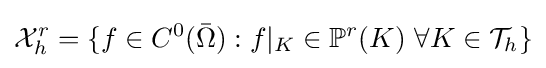
{\mathcal {X}}_{h}^{r}=\{f\in C^{0}({\bar {\Omega }}):f|_{K}\in \mathbb {P} ^{r}(K)\,\,\forall K\in {\mathcal {T}}_{h}\}